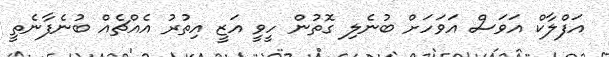
އަފްލާކް އަވަސް އަވަހަށް ބުނެލި ގޮތުން ހީވީ އަޒީ އިތުރު އެއްޗެއް ބުނެފާނެތީ